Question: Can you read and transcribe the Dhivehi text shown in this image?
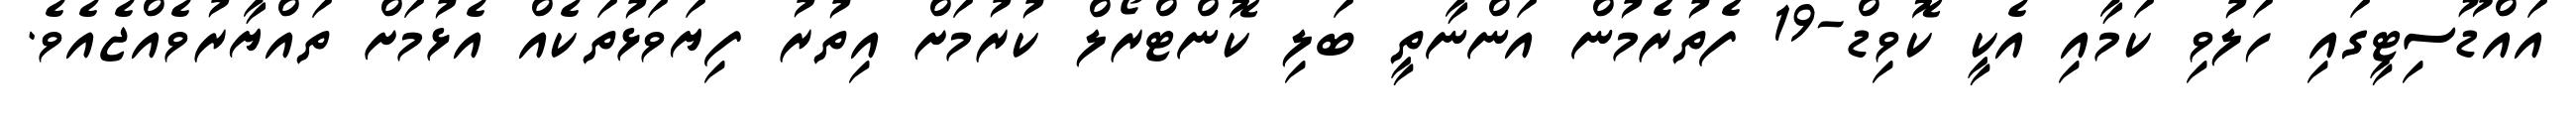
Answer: އައްޑޫސިޓީގައި ހަލުވި ކަމާއި އެކީ ކޮވިޑް-19 ފެތުރެމުން އަންނާތީ ބަލި ކޮންޓްރޯލް ކުރުމަށް އިތުރު ފިޔަވަޅުތަކެއް އެޅުމަށް ތައްޔާރުވެއްޖެއެވެ.